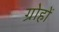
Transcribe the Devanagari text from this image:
ग्रोहों